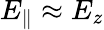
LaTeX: E_{\parallel}\approx E_{z}